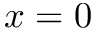
x = 0